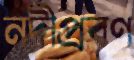
নদীপ্রবণ